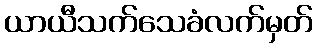
ယာယီသက်သေခံလက်မှတ်